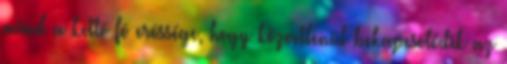
mind a kettô fô erôssége, hogy közvetlenül bekapcsolódik az